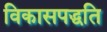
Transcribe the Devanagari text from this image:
विकासपद्धति